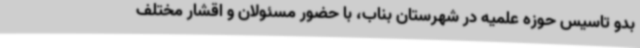
بدو تاسیس حوزه علمیه در شهرستان بناب، با حضور مسئولان و اقشار مختلف